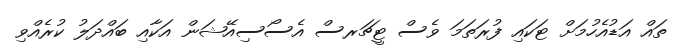
ތައް އަޑުއެހުމަށް ޓަކައި ފުރަތަމަ ވެސް ޓީޗަރސް އެސޯސިއޭޝަން އަކާއި ބައްދަލު ކުރެއްވި